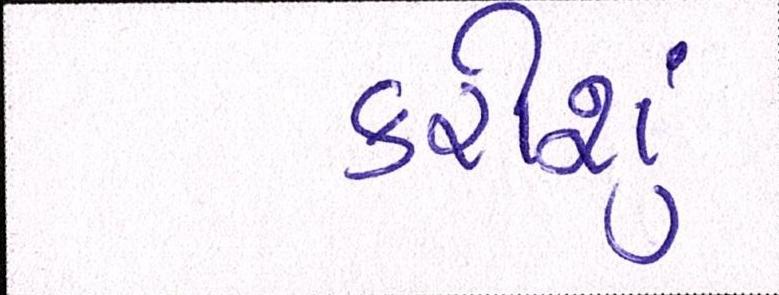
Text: કરીશું